Leaving Certificate Examination (including Day School Certificate (Higher) General paper), 1939
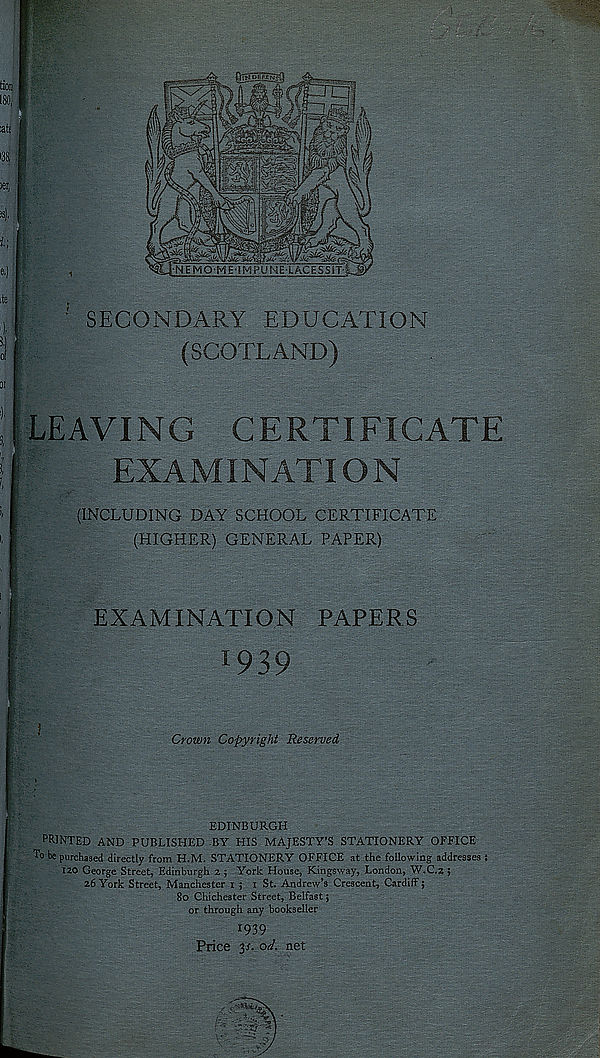
■ SECONDARY EDUCATION
(SCOTLAND)
’ LEAVING CERTIFICATE
T
EXAMINATION
(INCLUDING DAY SCHOOL CERTIFICATE
(HIGHER) GENERAL PAPER)
EXAMINATION PAPERS
1939
Crown Copyright Reserved
EDINBURGH
PRINTED AND PUBLISHED BY HIS MAJESTY’S STATIONERY OFFICE
To be purchased directly from H.M. STATIONERY OFFICE at the following addresses t
120 George Street, Edinburgh 2 ; York House, Kingsway, London, W.C.2 ;
26 York Street, Manchester r ; 1 St. Andrew’s Crescent, Cardiff;
80 Chichester Street, Belfast;
or through any bookseller
1939
Price 3s. ad. net